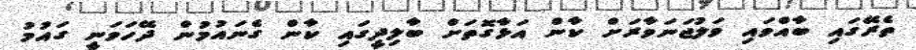
ތެރޭގައި ބާއްވައި ވަލުޖަނަވާރަށް ކާން އަޅާގޮތަށް ބާލިދީގައި ކާން ގެނައުމުން ދޭހަވަނީ ގައުމު